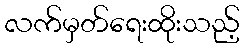
လက်မှတ်ရေးထိုးသည့်